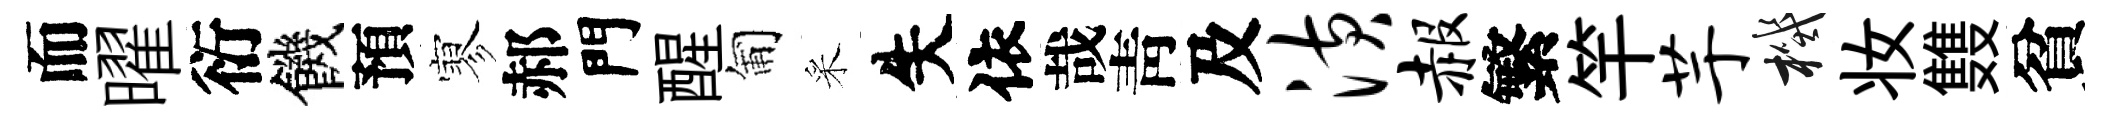
而曜衍饑預寥郝門醒匍采失依哉靑及潢赧繁竿芋機妆䨇貧